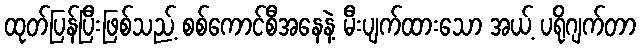
ထုတ်ပြန်ပြီးဖြစ်သည့် စစ်ကောင်စီအနေနဲ့ မီးပျက်ထားသော အယ့် ပရိုဂျက်တာ